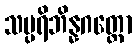
သမ္ပရိဘိန္နဂတ္တော